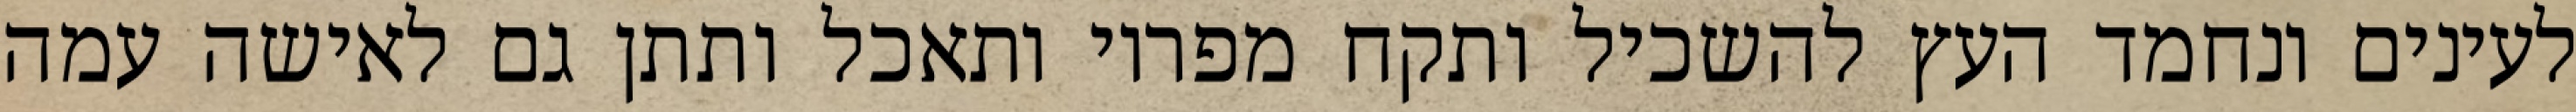
לעינים ונחמד העץ להשכיל ותקח מפריו ותאכל ותתן גם לאישה עמה